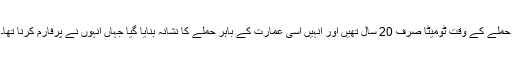
حملے کے وقت ٹومیٹا صرف 20 سال تھیں اور انہیں اسی عمارت کے باہر حملے کا نشانہ بنایا گیا جہاں انہوں نے پرفارم کرنا تھا۔